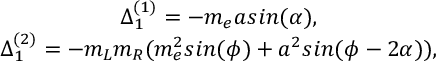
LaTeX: \begin{array} { c } { { \Delta _ { 1 } ^ { ( 1 ) } = - m _ { e } a s i n ( \alpha ) , } } \\ { { \Delta _ { 1 } ^ { ( 2 ) } = - m _ { L } m _ { R } ( m _ { e } ^ { 2 } s i n ( \phi ) + a ^ { 2 } s i n ( \phi - 2 \alpha ) ) , } } \end{array}